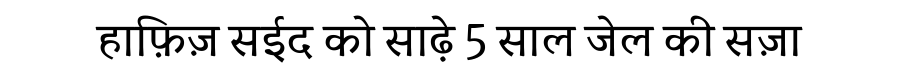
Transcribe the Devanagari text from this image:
हाफ़िज़ सईद को साढ़े 5 साल जेल की सज़ा